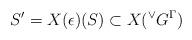
LaTeX: \begin{align*} S' = X(\epsilon)(S) \subset X({^\vee}G^{\Gamma}) \end{align*}